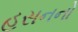
હસનનો